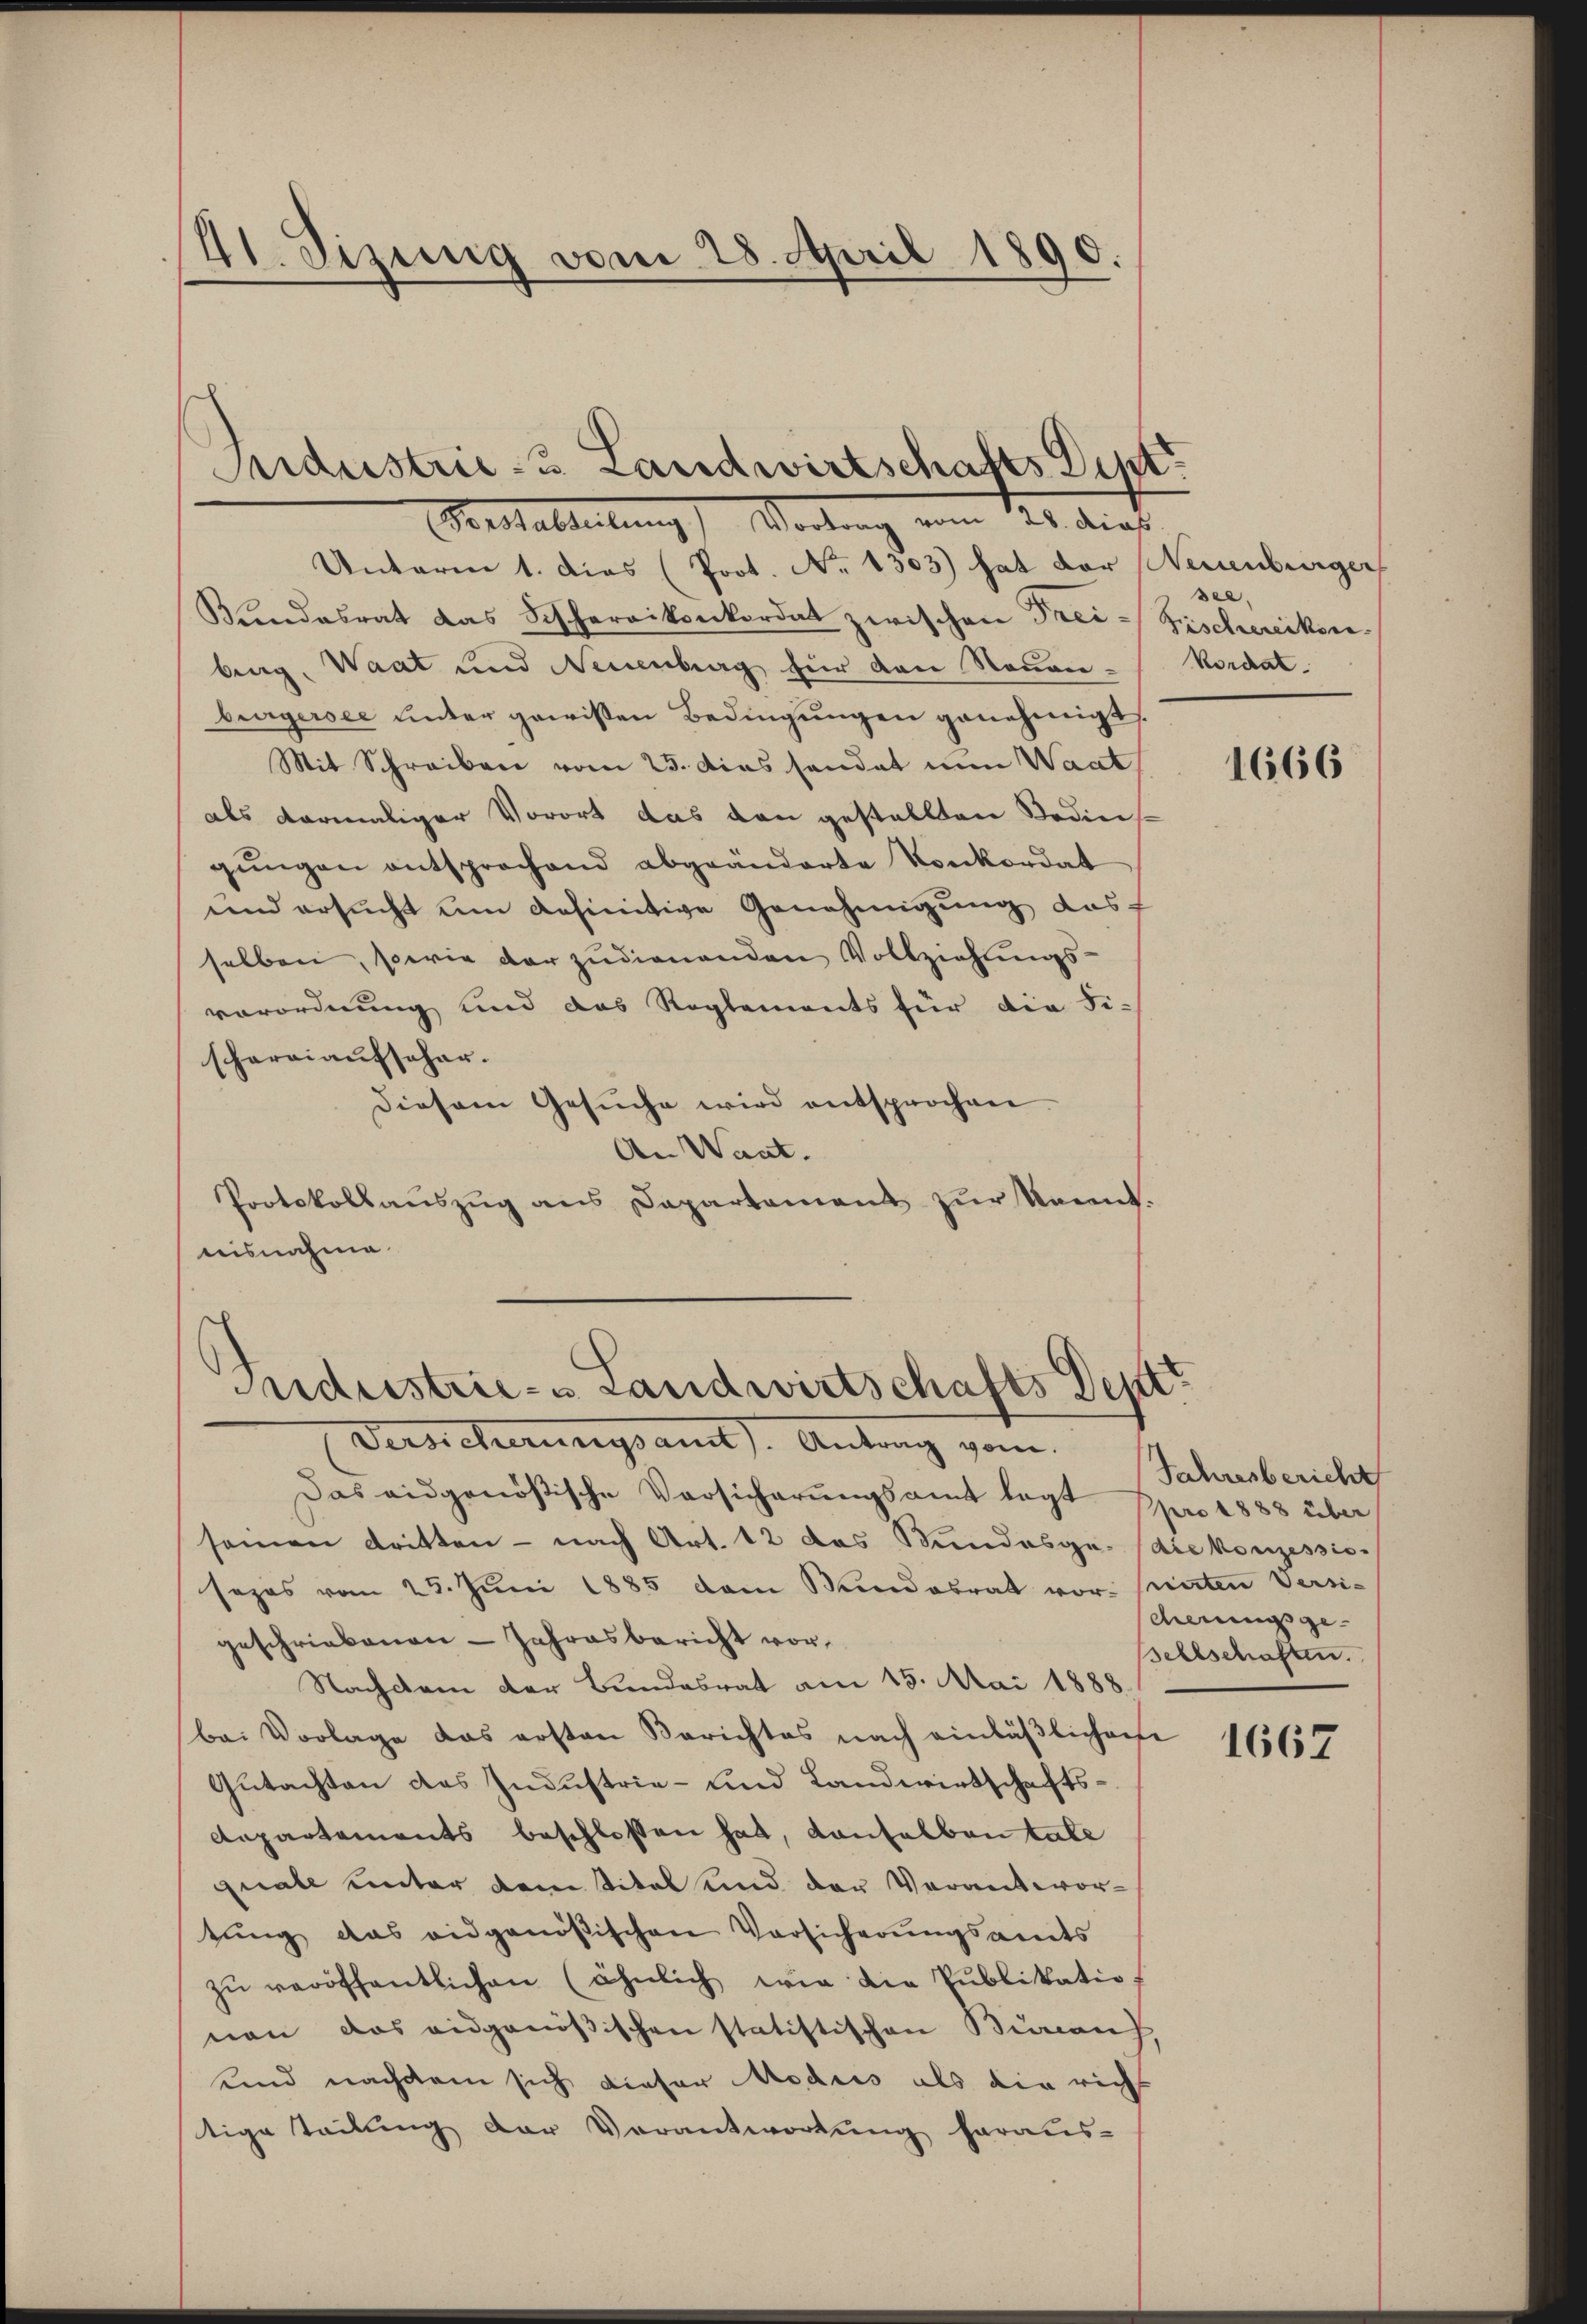
41. Sizung vom 28. April 1890.

Unterm 1. dies (Prot. No. 1303) hat der Neuenburger
Kandesrat das Fischarrikonkordat zwischen Frei- Fischereiken
berg, Waat und Neuenburg für den Neuen-Kordatburgersee unter gewissen Bedingungen genehmigt
Mit Schreiben vom 25. Das sandat nun Waat
als dermaliger Vorort das den gestellten Bedins-
gŭngen entsprochend abgeänderte Konkordat
und ersucht um definitive Genehmigung das
selben, sowie dar zudienenden Vollziehungs-
verordnung und das Reglements für die Fi-
schareiaufschar.
diesem Gesŭche wird entsprochen.
An Want.
Protokollaŭszŭg ans Departement zŭr kannt.
nisnahme

Sndustrie 3 Landwirtschafts-Dipt
Konstalteilung Vortrag vom 21. dies

Industrie- u Landwirtschafts Deptt

Versicherungsamt). Antrag vom
Das eidgenößische Versicherŭngsamt legt ppro 1888 über
seinen dritten - nach Art. 12 das Bundesge- die konzessis
sezes vom 25. Jŭni 1885 dem Bundesrat vor. Parten Versi-
geschriebenen - Jahresbericht vor¬
Nachdem der Bundesrat am 15. Mai 1888.
bei Vorlage das ersten Berichtes nach einläßlicharfe
Gutachten das Industrie- und Landwirtschafts¬
Aepartements beschlossen hat, danhalben tale
quale unter dem Titel und der Verantwortŭng das eidgenößischen Versicherŭngsamts
zŭ veröffentlichen (ähnlich wie die Publikatio
nen das eidgenößischen statistischen Bieraus
ud nachdem sich dieser Modus als die richt
tige Teilung der Verantwortung heraus-

see.

1666

Jahresbericht
scheinungsge-
sellschaften.

1667